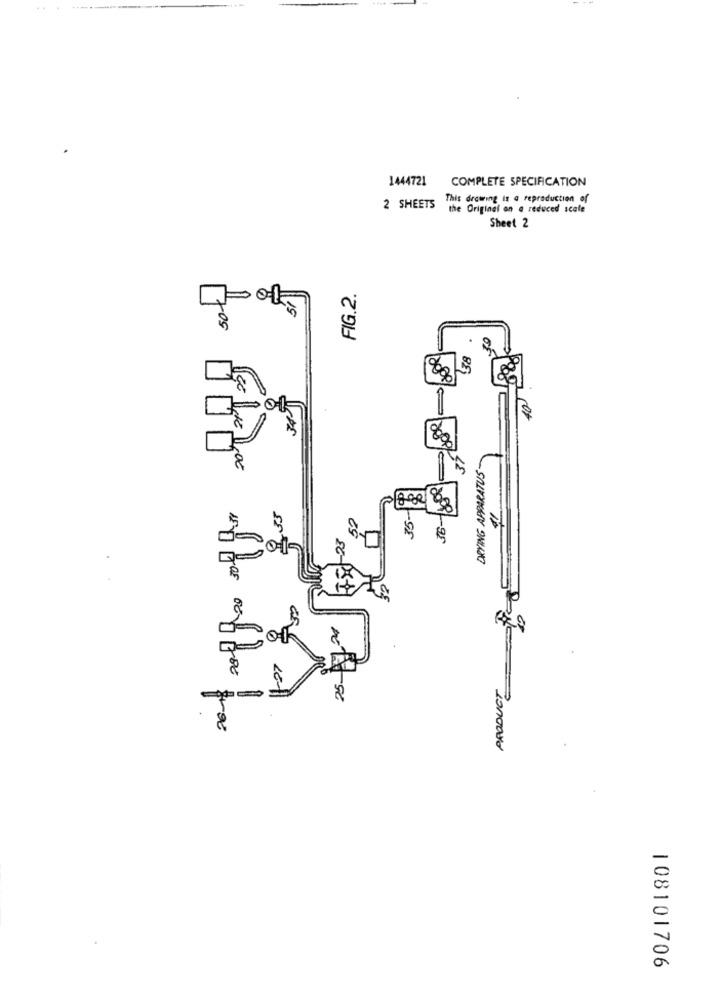
144721
COMPLETE SPECIFICATION
This drawing is a reproduction of
2 SHEETS
the Original on a reduced scale
Sheet 2
FIG.2.
50-
15
80
DRYING APPARATUS
82
35
108101706